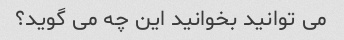
می توانید بخوانید این چه می گوید؟